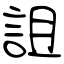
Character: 詛